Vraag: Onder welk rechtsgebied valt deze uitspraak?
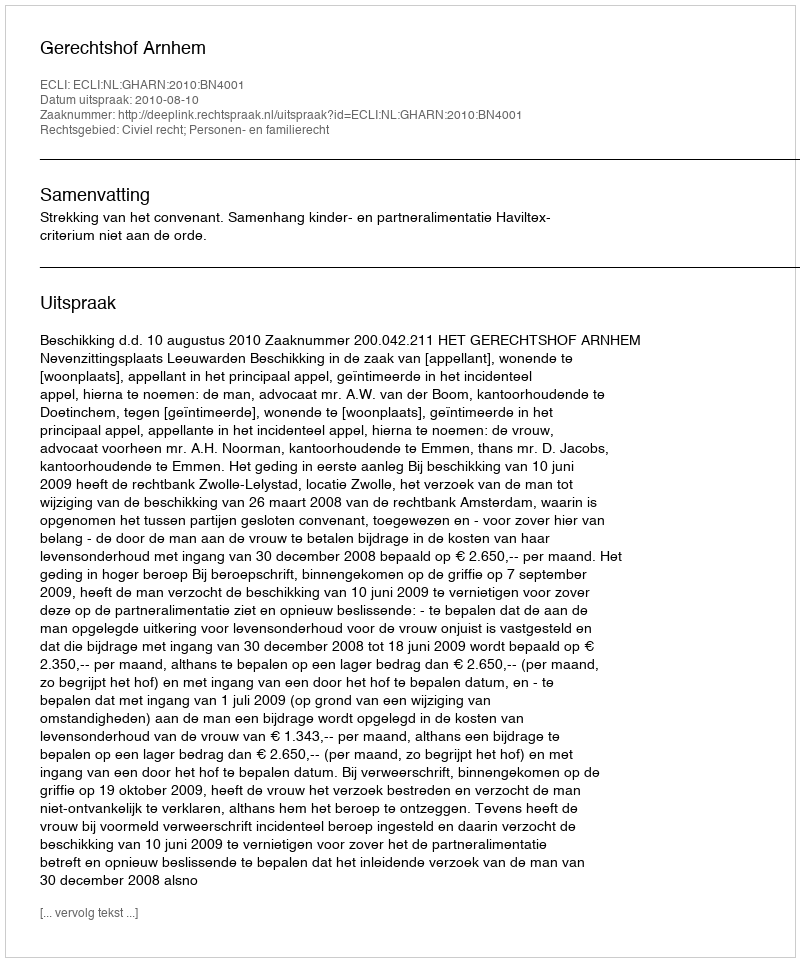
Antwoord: Civiel recht; Personen- en familierecht